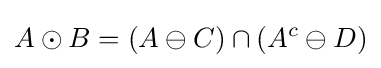
A\odot B=(A\ominus C)\cap (A^{c}\ominus D)